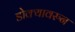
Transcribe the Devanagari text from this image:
डोक्यावरुन